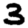
Digit: 3